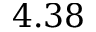
4 . 3 8